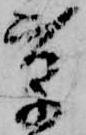
草